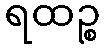
ရထဉ္စ